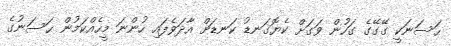
ޙަސަނަކީ ގޭގޭގެ ގަހުން ވަގަށް ކެޔޮގަނޑު ކަނޑަށް އާދަވެފައި ހުންނަ މީހެއްކަމުން ޙަސަނުގެ